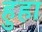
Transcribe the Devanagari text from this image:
हुहा